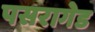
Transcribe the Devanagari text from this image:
पसरागेड